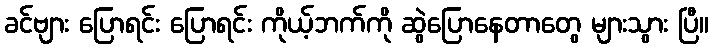
ခင်ဗျား ပြောရင်း ပြောရင်း ကိုယ့်ဘက်ကို ဆွဲပြောနေတာတွေ များသွား ပြီ။